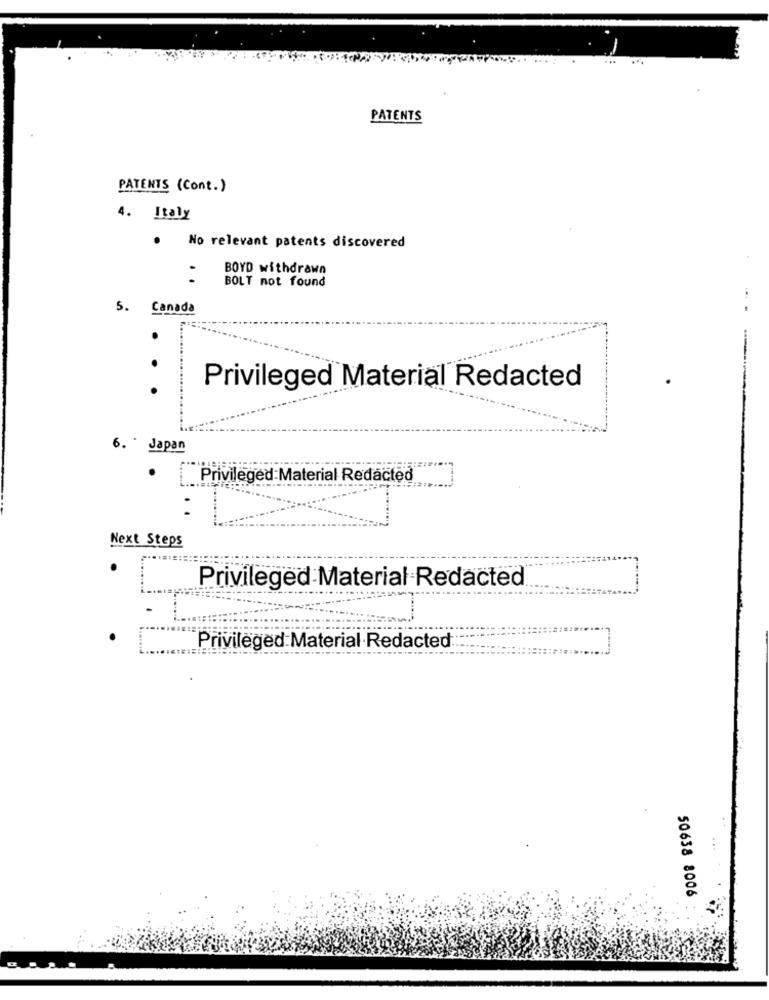
PATENTS
PATENTS (Cont.)
4. Italy
. No relevant patents discovered
BOYD withdrawn
..
BOLT not found
5. Canada
Privileged Material Redacted
·· ·
6. * Japan
Privileged Material Redacted
Next Steps
Privileged Material Redacted
Privileged Material Redacted
50638 8006